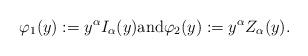
LaTeX: \begin{align*}\varphi_1(y):=y^\alpha I_\alpha(y)\mbox{and}\varphi_2(y):=y^\alpha Z_\alpha(y).\end{align*}